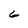
Character: 6